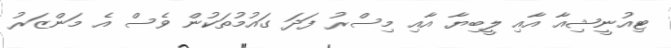
ޓިއުނީޝިއާ އާއި ލީބިޔާ އާއި މިސްރު ފަދަ ގައުމުތަކުން ވެސް އެ މަންޒަރު